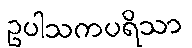
ဥပါသကပရိသာ